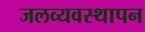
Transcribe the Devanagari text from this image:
जलव्यवस्थापन